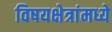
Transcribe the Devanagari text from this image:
विषयक्षेत्रांमध्ये